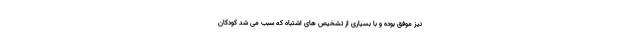
نيز موفق بوده و با بسیاری از تشخیص های اشتباه که سبب می شد کودکان